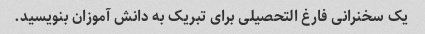
یک سخنرانی فارغ التحصیلی برای تبریک به دانش آموزان بنویسید.